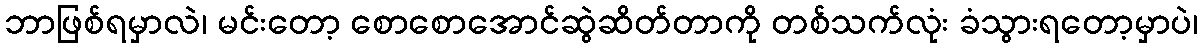
ဘာဖြစ်ရမှာလဲ၊ မင်းတော့ စောစောအောင်ဆွဲဆိတ်တာကို တစ်သက်လုံး ခံသွားရတော့မှာပဲ၊